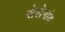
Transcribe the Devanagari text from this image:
सेलेगांव